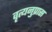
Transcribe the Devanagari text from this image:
वृत्यनुप्रास